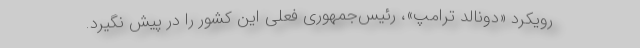
رویکرد «دونالد ترامپ»، رئیس‌جمهوری فعلی این کشور را در پیش نگیرد.